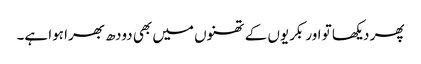
پھر دیکھا تو اور بکریوں کے تھنوں میں بھی دودھ بھرا ہوا ہے۔